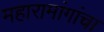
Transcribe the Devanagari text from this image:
महारामांगांचा